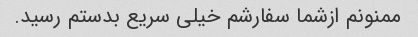
ممنونم ازشما سفارشم خیلی سریع بدستم رسید.